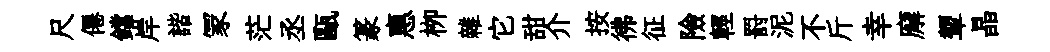
尺僊鐺岸諧冡茫丞甌篆惠栁雜它甜介按彿征險輕罸泥不斤幸廨顰晶